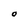
Character: O